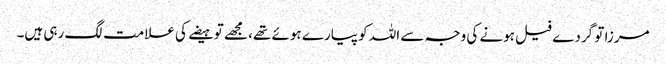
مرزا تو گردے فیل ہونے کی وجہ سے اللہ کو پیارے ہوئے تھے، مجھے تو ہیضے کی علامت لگ رہی ہیں۔